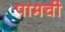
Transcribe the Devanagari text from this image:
पामची